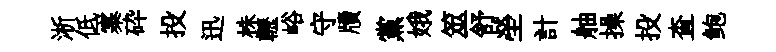
淅低寨砕投迅株轣峪守牘黨娥筮舒塋計舳操投查鲍